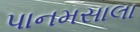
પાનમસાલા